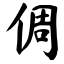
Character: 倜